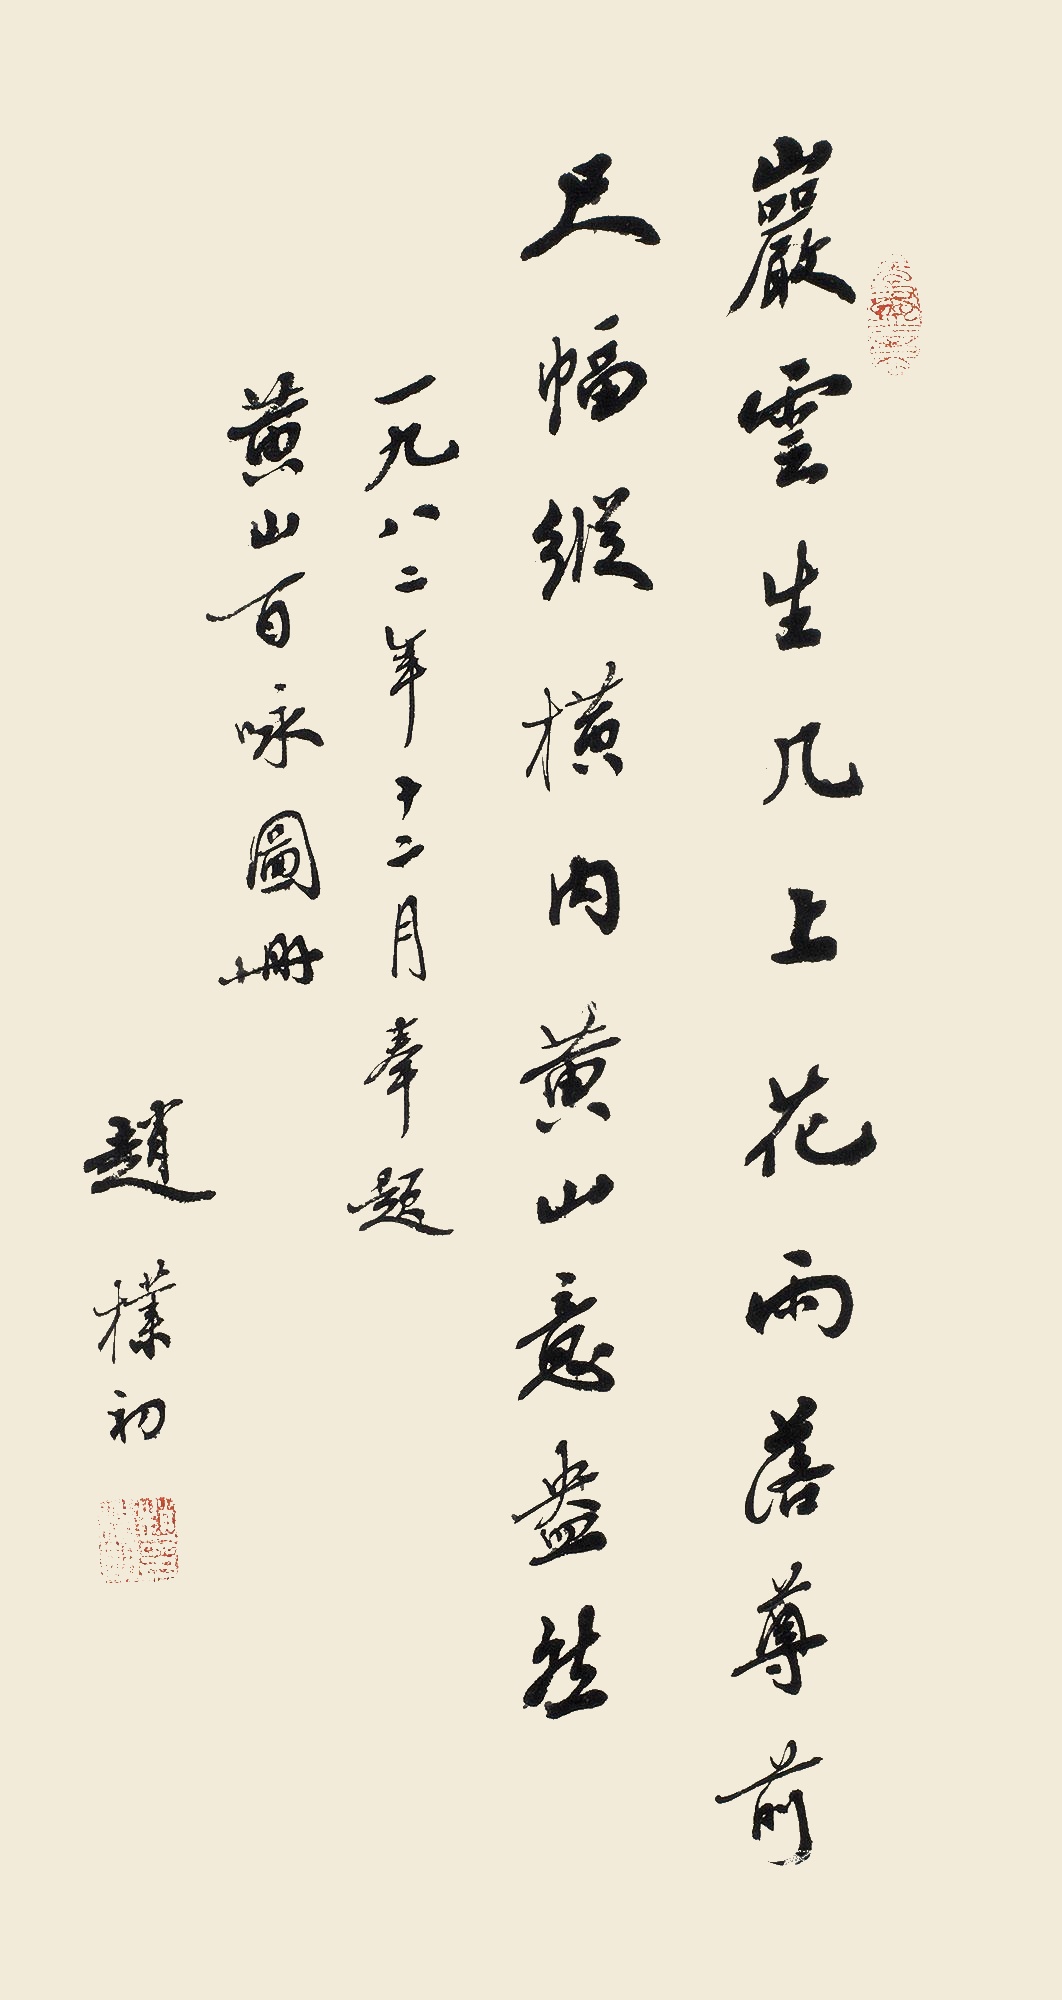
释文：岩云生几上，花雨落尊前。尺幅纵横内，黄山意盎然。一九八二年十二月奉题黄山百咏图册，赵朴初。